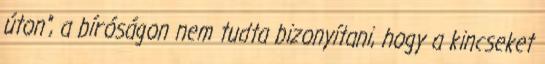
úton", a bíróságon nem tudta bizonyítani, hogy a kincseket